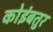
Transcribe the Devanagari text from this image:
कोइंबतुर